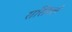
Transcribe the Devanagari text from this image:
रासियले